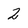
Character: 2